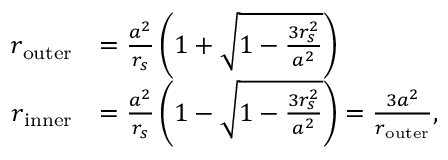
{ \begin{array} { r l } { r _ { \mathrm { o u t e r } } } & { = { \frac { a ^ { 2 } } { r _ { s } } } \left( 1 + { \sqrt { 1 - { \frac { 3 r _ { s } ^ { 2 } } { a ^ { 2 } } } } } \right) } \\ { r _ { \mathrm { i n n e r } } } & { = { \frac { a ^ { 2 } } { r _ { s } } } \left( 1 - { \sqrt { 1 - { \frac { 3 r _ { s } ^ { 2 } } { a ^ { 2 } } } } } \right) = { \frac { 3 a ^ { 2 } } { r _ { \mathrm { o u t e r } } } } , } \end{array} }